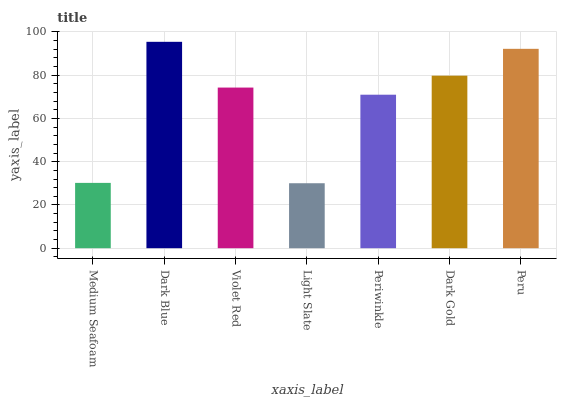
| xaxis_label | bars |
 | --- | --- |
 | Medium Seafoam | 30.2 |
 | Dark Blue | 95.5 |
 | Violet Red | 74.3 |
 | Light Slate | 30 |
 | Periwinkle | 71 |
 | Dark Gold | 79.8 |
 | Peru | 92.2 |